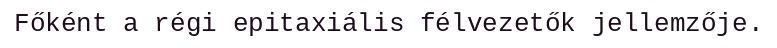
Főként a régi epitaxiális félvezetők jellemzője.